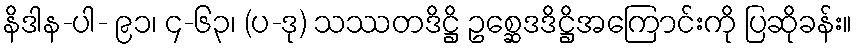
နိဒါန-ပါ- ၉၁၊ ၄-၆၃၊ (ပ-ဒု) သဿတဒိဋ္ဌိ ဥစ္ဆေဒဒိဋ္ဌိအကြောင်းကို ပြဆိုခန်း။